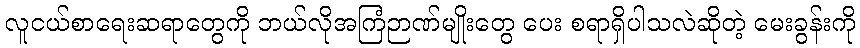
လူငယ်စာရေးဆရာတွေကို ဘယ်လိုအကြံဉာဏ်မျိုးတွေ ပေး စရာရှိပါသလဲဆိုတဲ့ မေးခွန်းကို